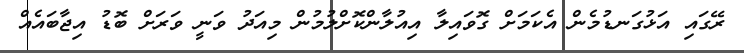
ރޭގައި އަޅުގަނޑުމެން އެކަމަށް ގޮވައިލާ އިއުލާންކޮށްލުމުން މިއަދު ވަނީ ވަރަށް ބޮޑު އިޖާބައެއް